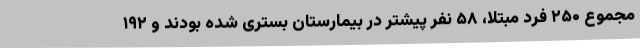
مجموع ۲۵۰ فرد مبتلا، ۵۸ نفر پیشتر در بیمارستان بستری شده بودند و ۱۹۲